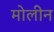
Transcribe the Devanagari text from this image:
मोलीन